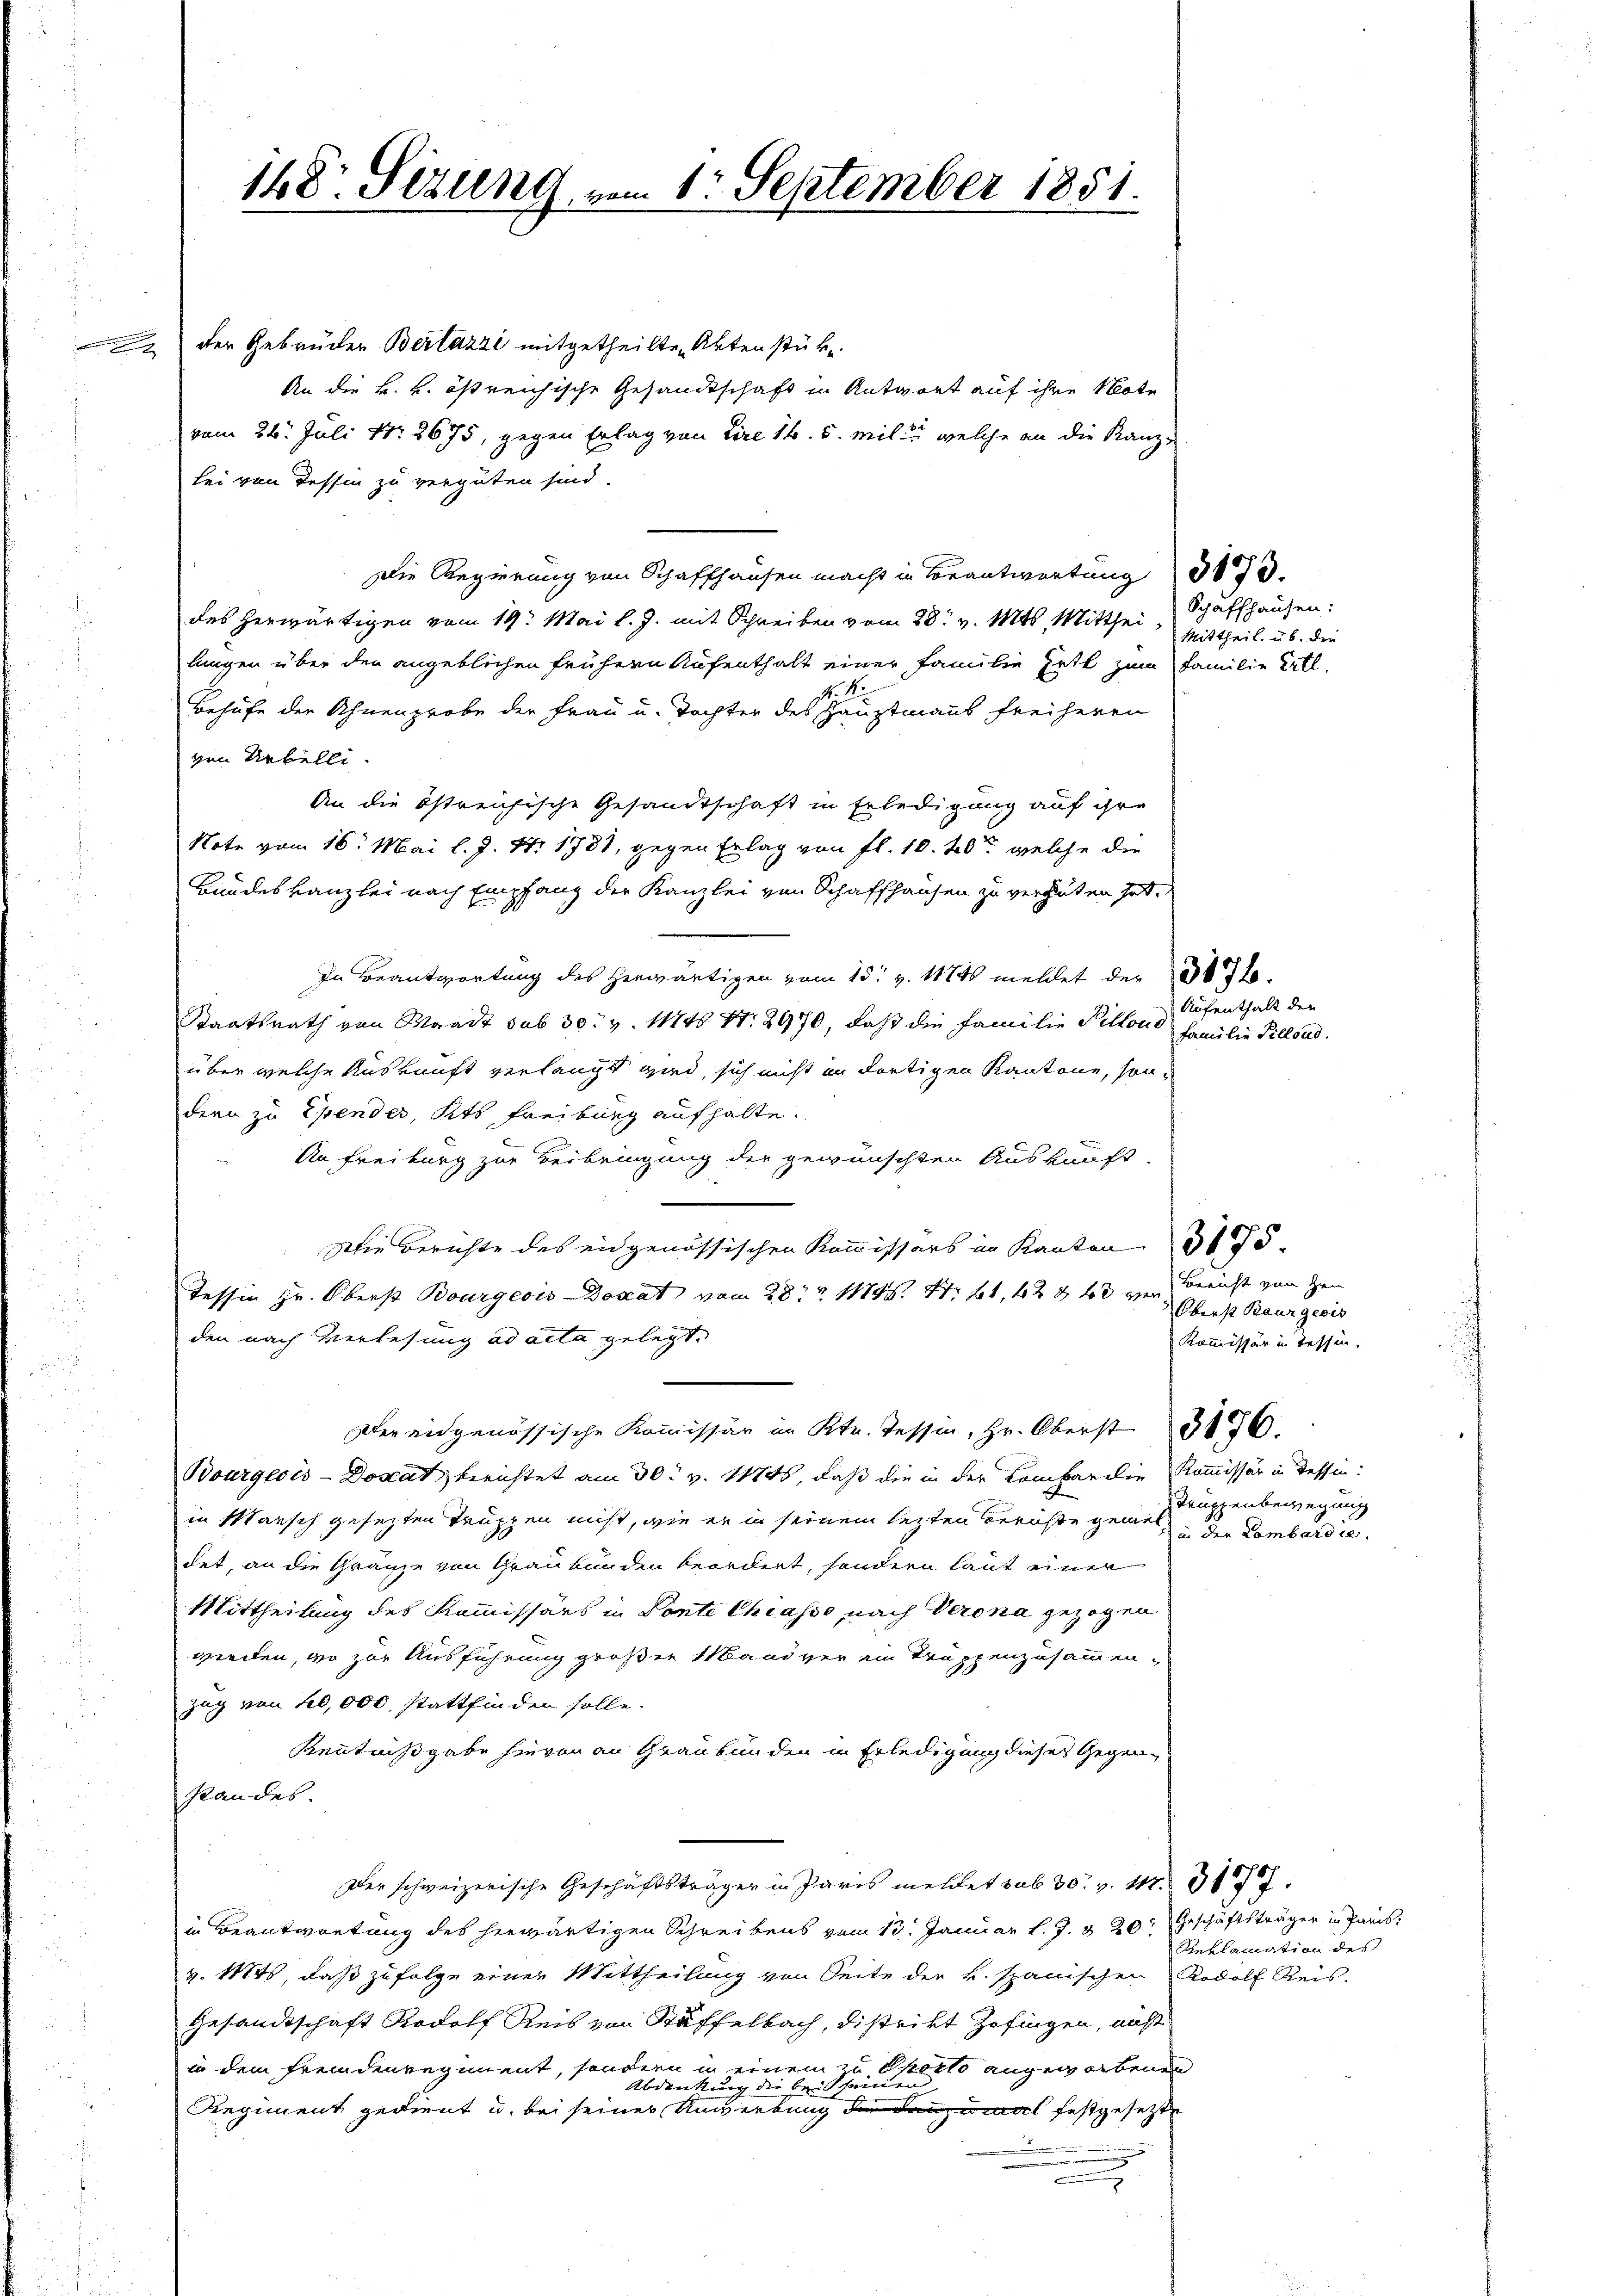
148. Sezung vom 1. September 1851.

den Gebrüder Bertazzi mitgetheilten Aktenstük
An die k. k. östreichische Gesandtschaft in Antwort auf ihre Note
vom 26. Juli Nr. 2675, gegen Erlag von Lire 14. 5. mit, welche an die Kanzlei von Tessin zu vergüten sind.
Die Regierung von Schaffhausen macht in Beantwortung 387.
des herwärtigen vom 19. Mai l. J. mit Schreiben vom 28t v. Mts. Mitthei- Schaffhausen:
langen über den angeblichen frühern Aufenthalt einer Familie Hett zum Familie Ertl,
1.
Behufe der Ahnenprobe der Frau u. Tochter des Hauptmanns freiherrn
gen Uebelle.
An die östreichische Gesandtschaft in Erledigung auf ihre
Note vom 16. Mai l. J. 17. 1781, gegen Erlag von fl. 10. 40, welche die
Bundeskanzlei nach Empfang der Kanzlei von Schaffhausen zu verhüten hat.
In Beantwortung des herwärtigen vom 15t v. 1874 meldet der 307.
Staatsrath von Waadt sub 30. v. 11745 Nr. 2970, daß die Familie Pillons Familie Tillond.
über welche Auskunft verlangt wird, sich nicht in dortigen Kantone, sondern zu Epender, Kts. Freiburg aufhalte.
An Freiburg zur Beibringung der gewünschten Auskunft,
Die Berichte des eidgenössischen Kommissärs im Kanton 375.
Tessin Hr. Oberst Bourgeois Donat vom 28t Z 11145. 47. 61, 42 & 43 von Bericht von den
den nach Verlesung ad acta gelegt.
Der eidgenössische Kommissär im Kt. Tessin, Hr. Oberst 3176.
Bourgeois-Donat berichtet am 30. v. 11846, daß die in der Comparilie Kommissär in Tessin:
in Mansch gesezten Truppen nicht, wie er in seinem lezten Berichte gemes den Lombardie
det, an die Gränze von Graubünden beordnet, sondern laut einer
Mittheilung des Kommissärs in Ponte Chiasso, nach Verona gezogen
werden, wo zur Ausführung großen Mandver ein Truppenzusammenzug von 0,000 stattfinden solle.
Kenntnißgabe hievon an Graubünden in Erledigung dieses Gegenstandes.
Der schweizerische Geschäftsträger in Paris meldet sub 30 v. M. 1877.
in Beantwortung des herwärtigen Schreibens vom 13. Januar l. J. & 20. Geschäftsträger in Paris
v. 11845, daß zufolge einer Mittheilung von Seite der k. spanischen Rodolf Reis-
Gesandtschaft Rodolf Reis von Stäffelbach, distrikt Zofingen, nicht
in dem fremdenregiment, sondern in einem zu Oporto angeworbenen
Abdenkung die bei seinen
Regiment gedient u. bei seiner Anwerbung der Tanzumal festgesetzte
.

Mittheil. üb. die

Aufenthalt der

Oberst Raurgeois
Kommissär in Tessin.
Truppenbewegung

Reklamation des